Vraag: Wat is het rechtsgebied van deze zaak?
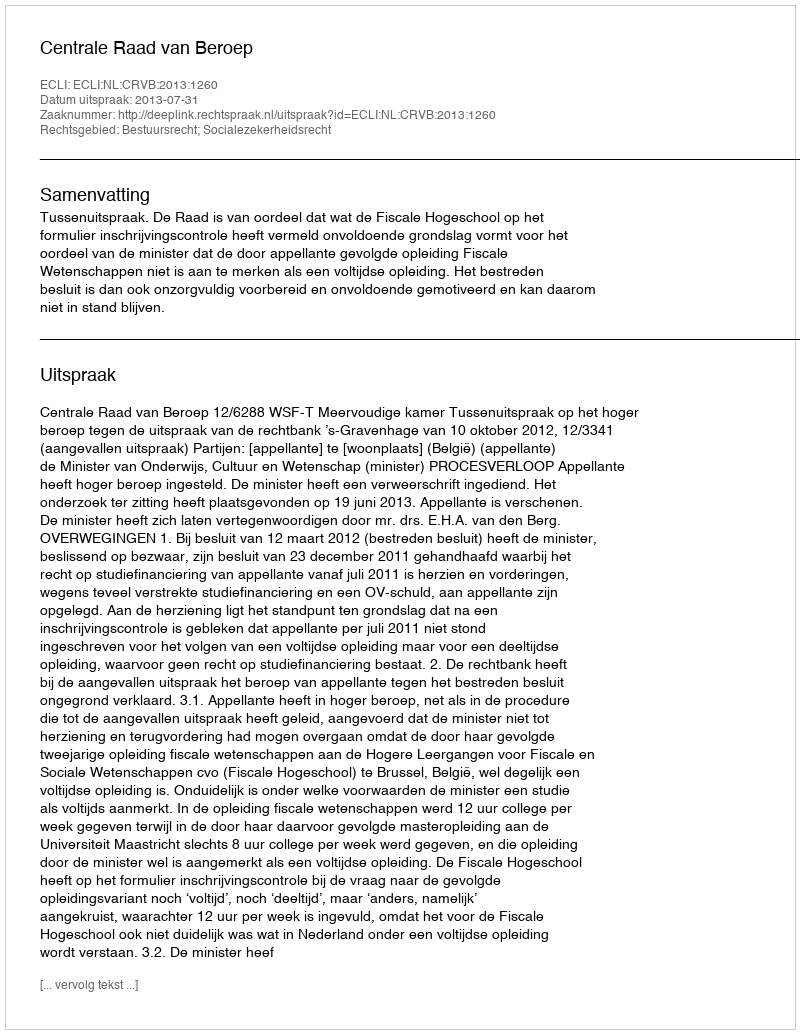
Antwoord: Bestuursrecht; Socialezekerheidsrecht